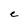
Character: c